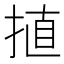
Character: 㨁